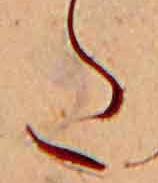
た